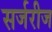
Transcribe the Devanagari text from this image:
सर्जरीज